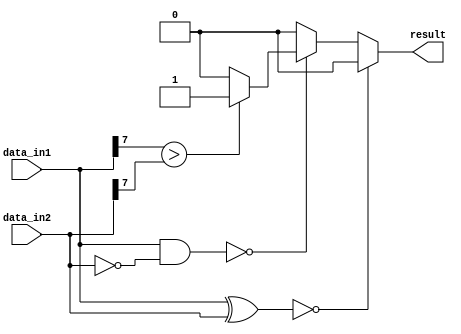
module serial_comparator(
    input [7:0] data_in1,
    input [7:0] data_in2,
    output reg result
);

reg [7:0] xor_result;
reg [7:0] and_result;

always @ (data_in1 or data_in2) begin
    xor_result = data_in1 ^ data_in2;
    and_result = data_in1 & ~data_in2;
    if (xor_result == 8'b00000000) begin
        result = 1'b0; // Equal
    end else if (and_result == 8'b00000000) begin
        if (data_in1[7] > data_in2[7]) begin
            result = 1'b1; // Greater than
        end else begin
            result = 1'b0; // Less than
        end
    end else begin
        result = 1'b0; // Less than
    end
end

endmodule